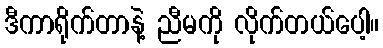
ဒီကာရိုက်တာနဲ့ ညီမကို လိုက်တယ်ပေါ့။